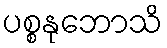
ပစ္စနုဘောသိ